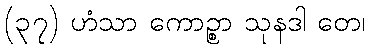
(၃၇) ဟံသာ ကောဉ္စာ သုနဒါ တေ၊